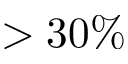
> 3 0 \%